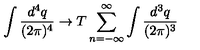
\int \frac { d ^ { 4 } q } { ( 2 \pi ) ^ { 4 } } \rightarrow T \sum _ { n = - \infty } ^ { \infty } \int \frac { d ^ { 3 } q } { ( 2 \pi ) ^ { 3 } }